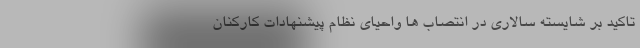
تاكيد بر شايسته سالاري در انتصاب ها واحياي نظام پيشنهادات كاركنان